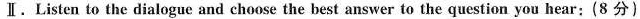
.Listen to the dialogue and choose the best answer to the question you hear:(8 分)